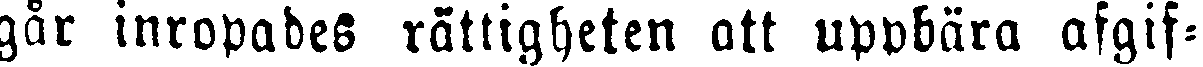
gar inropades rättigheten att UPPbära afgif-